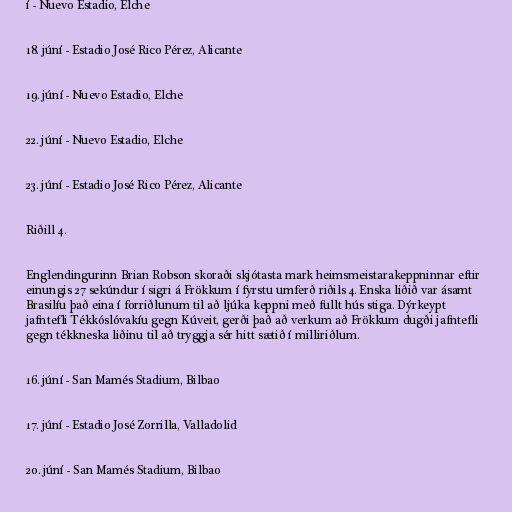
í - Nuevo Estadio, Elche

18. júní - Estadio José Rico Pérez, Alicante

19. júní - Nuevo Estadio, Elche

22. júní - Nuevo Estadio, Elche

23. júní - Estadio José Rico Pérez, Alicante

Riðill 4.

Englendingurinn Brian Robson skoraði skjótasta mark heimsmeistarakeppninnar eftir
einungis 27 sekúndur í sigri á Frökkum í fyrstu umferð riðils 4. Enska liðið var ásamt
Brasilíu það eina í forriðlunum til að ljúka keppni með fullt hús stiga. Dýrkeypt
jafntefli Tékkóslóvakíu gegn Kúveit, gerði það að verkum að Frökkum dugði jafntefli
gegn tékkneska liðinu til að tryggja sér hitt sætið í milliriðlum.

16. júní - San Mamés Stadium, Bilbao

17. júní - Estadio José Zorrilla, Valladolid

20. júní - San Mamés Stadium, Bilbao